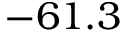
- 6 1 . 3